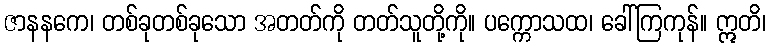
ဇာနနကေ၊ တစ်ခုတစ်ခုသော အတတ်ကို တတ်သူတို့ကို။ ပက္ကောသထ၊ ခေါ်ကြကုန်။ ဣတိ၊